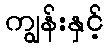
ကျွန်းနှင့်